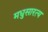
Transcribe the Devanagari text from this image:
मधुसारत्य